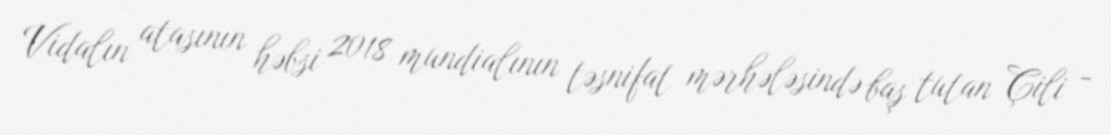
Vidalın atasının həbsi 2018 mundialının təsnifat mərhələsində baş tutan Çili -